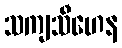
သကျသီဟေန